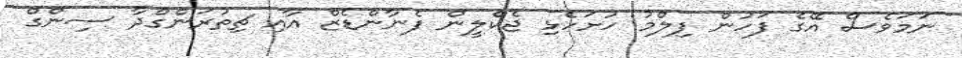
ނަމަވެސް އޭގެ ފަހުން ފިލްމު ހުށަހެޅި ޖެކްލީން ފެނާންޑެޒް އާއި ޗިތުރަންގްދާ ސިންގް